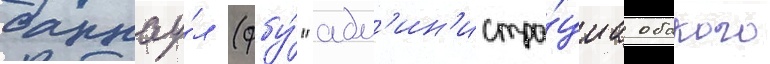
барнау́л (фбу́ "адм'ин'истра́циа обского